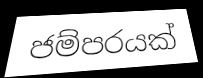
ජම්පරයක්